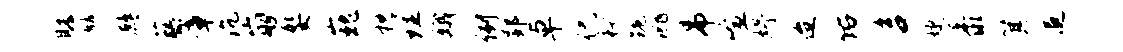
瞻麟鹧藤章沉崩娶巍枕理娥例郢卓侃衿跪洮吊喧妤迨佑咨婕黍箕追